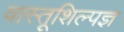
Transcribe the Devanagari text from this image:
वास्तूशिल्पज्ञ